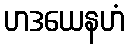
ဟဒယေနဟံ